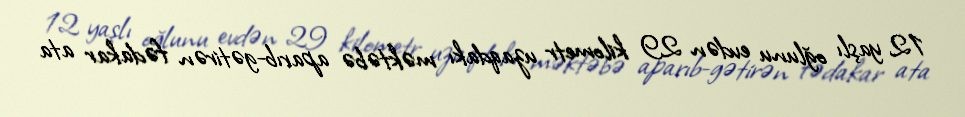
12 yaşlı oğlunu evdən 29 kilometr uzaqdakı məktəbə aparıb-gətirən fədakar ata